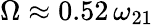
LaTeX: \Omega\approx 0.52\, \omega_{21}